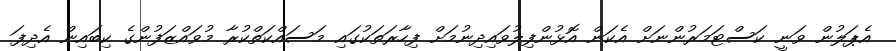
އެޕަލުން ވަނީ ކަސްޓަމަރުންނަށް އެކަން އޮޅުންފިލުވައިދިނުމަށް ފިހާރަތަކުގައި މަސައްކަތްކުރާ މުވައްޒަފުންގެ ކިބައިން އެދިފަ